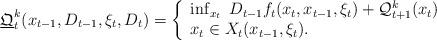
LaTeX: \begin{align*}{\underline{\mathfrak{Q}}}_t^k ( x_{t-1}, D_{t-1} , \xi_t , D_{t} ) = \left\{ \begin{array}{l}\inf_{x_t} \;D_{t-1} f_t(x_t, x_{t-1}, \xi_t ) + \mathcal{Q}_{t+1}^k ( x_{t} ) \\ x_t \in X_t(x_{t-1}, \xi_t ).\end{array}\right.\end{align*}